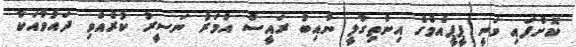
ކޮށްފައި ވަނީ ޕީޕީއެމްގެ އިންތިގާލީ ނާއިބު ރައީސް އުމަރު ނަސީރު ކުރެއްވި ދައުވާއަކާ